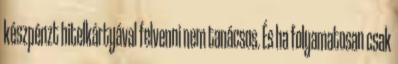
készpénzt hitelkártyával felvenni nem tanácsos. És ha folyamatosan csak